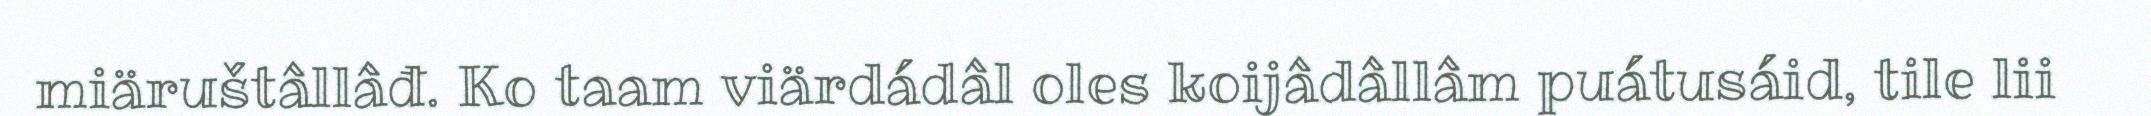
miäruštâllâđ. Ko taam viärdádâl oles koijâdâllâm puátusáid, tile lii